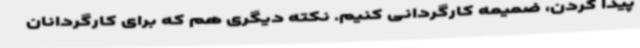
پیدا کردن، ضمیمه کارگردانی کنیم. نکته‌ دیگری هم که برای کارگردانان